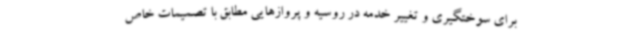
برای سوختگیری و تغییر خدمه در روسیه و پروازهایی مطابق با تصمیمات خاص